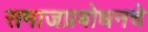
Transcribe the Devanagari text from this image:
समाजप्रबोधनचे